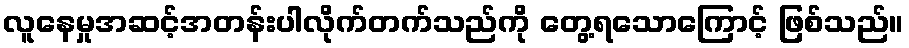
လူနေမှုအဆင့်အတန်းပါလိုက်တက်သည်ကို တွေ့ရသောကြောင့် ဖြစ်သည်။